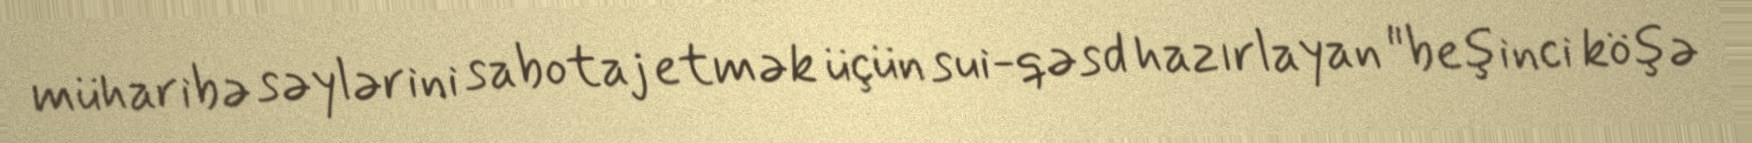
müharibə səylərini sabotaj etmək üçün sui-qəsd hazırlayan "beşinci köşə